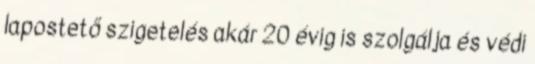
lapostető szigetelés akár 20 évig is szolgálja és védi